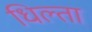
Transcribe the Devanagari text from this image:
धिल्ता